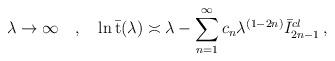
LaTeX: \begin{align*}\lambda \rightarrow \infty \quad , \quad \ln \bar {\mbox {t}}(\lambda)\asymp\lambda - \sum _{n=1}^\infty c_n \lambda ^{(1-2n)}\bar I_{2n-1}^{cl} \, ,\end{align*}